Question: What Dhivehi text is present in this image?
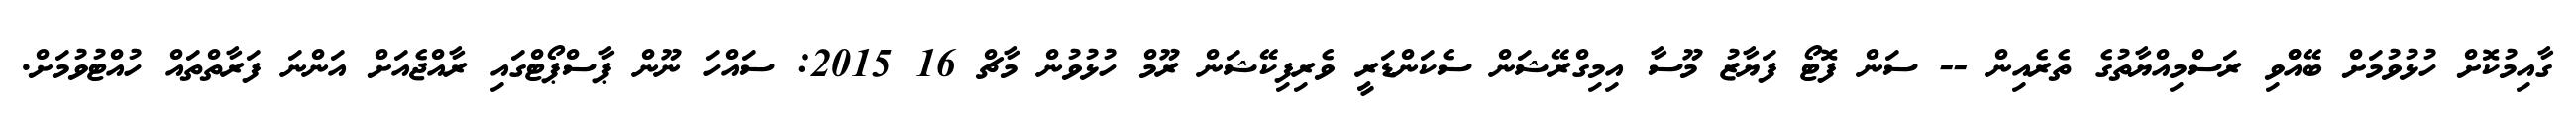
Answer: ގާއިމުކޮށް ހުޅުވުމަށް ބޭއްްވި ރަސްމިއްޔާތުގެ ތެރެއިން -- ސަން ފޮޓޯ ފަޔާޒު މޫސާ އިމިގްރޭޝަން ސެކަންޑަރީ ވެރިފިކޭޝަން ރޫމް ހުޅުވުން މާޗް 16 2015: ސައްހަ ނޫން ޕާސްޕޯޓްގައި ރާއްޖެއަށް އަންނަ ފަރާތްތައް ހުއްޓުވުމަށް.